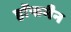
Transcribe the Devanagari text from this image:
हाॅफमैन